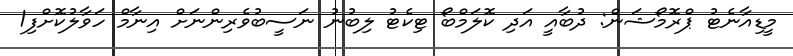
މީޑިއާނެޓު ޕްރޮމޯޝަން: ދުބާއީ އަދި ކޮލަމްބޯ ޓިކެޓު ލިބުނު ނަސީބުވެރިންނަށް އިނާމް ހަވާލުކޮށްފި1